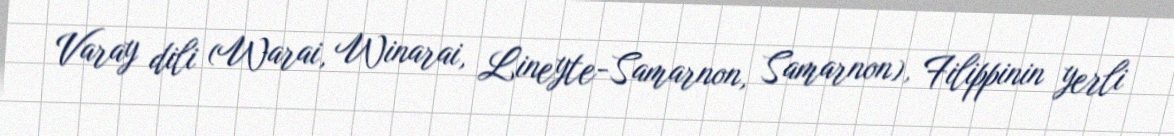
Varay dili (Warai, Winarai, Lineyte-Samarnon, Samarnon), Filippinin yerli